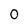
Character: 0